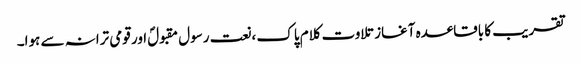
تقریب کا باقاعدہ آغاز تلاوت کلام پاک ،نعت رسول مقبولؐ اور قومی ترانہ سے ہوا۔